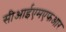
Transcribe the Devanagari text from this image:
सीआईएमएफआर